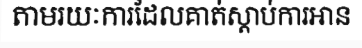
តាមរយៈការដែលគាត់ស្តាប់ការអាន